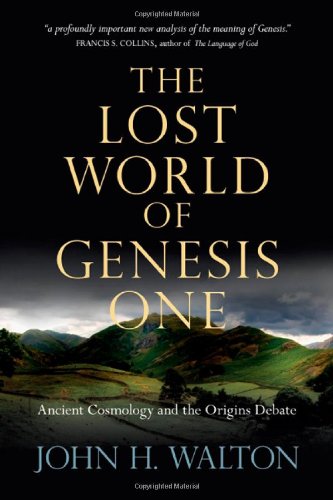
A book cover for The Lost World of Genesis One: Ancient Cosmology and the Origins Debate; John H. Walton; Science & Math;